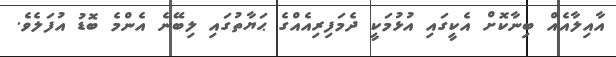
އާއިލާއެއް ބިނާކޮށް އެކީގައި އުޅުމަކީ ދެމަފިރިއެއްގެ ޙަޔާތުގައި ލިބޭނެ އެންމެ ބޮޑު އުފަލެވެ.